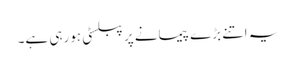
یہ اتنے بڑے پیمانے پر پبلسٹی ہورہی ہے۔